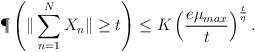
LaTeX: \begin{align*}\P\left( \| \sum_{n=1}^N X_n \| \geq t \right) \leq K \left( \frac{e \mu_{max}}{t} \right)^{\frac{t}{\eta}}.\end{align*}